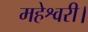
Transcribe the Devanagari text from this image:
महेश्वरी।